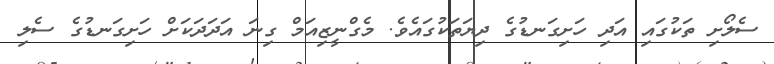
ސެލޯށި ތަކުގައި އަދި ހަށިގަނޑުގެ ދިޔަތަކުގައެވެ. މެގްނީޒިއަމް ގިނަ އަދަދަކަށް ހަށިގަނޑުގެ ސެލި